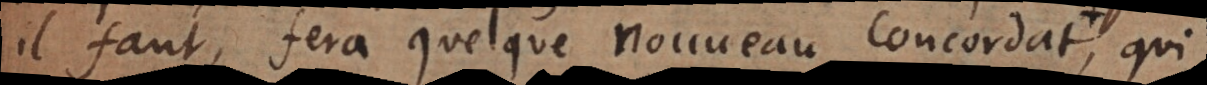
il faut, fera quelque Nouveau Concordat, qui